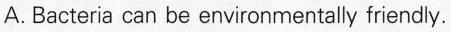
A. Bacteria can be environmentally friendly.